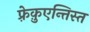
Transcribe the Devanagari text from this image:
फ़्रेक़ुएन्तिस्त